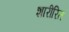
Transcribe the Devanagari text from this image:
शारीरित